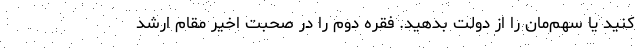
کنید یا سهم‌مان را از دولت بدهید. فقره دوم را در صحبت اخیر مقام ارشد